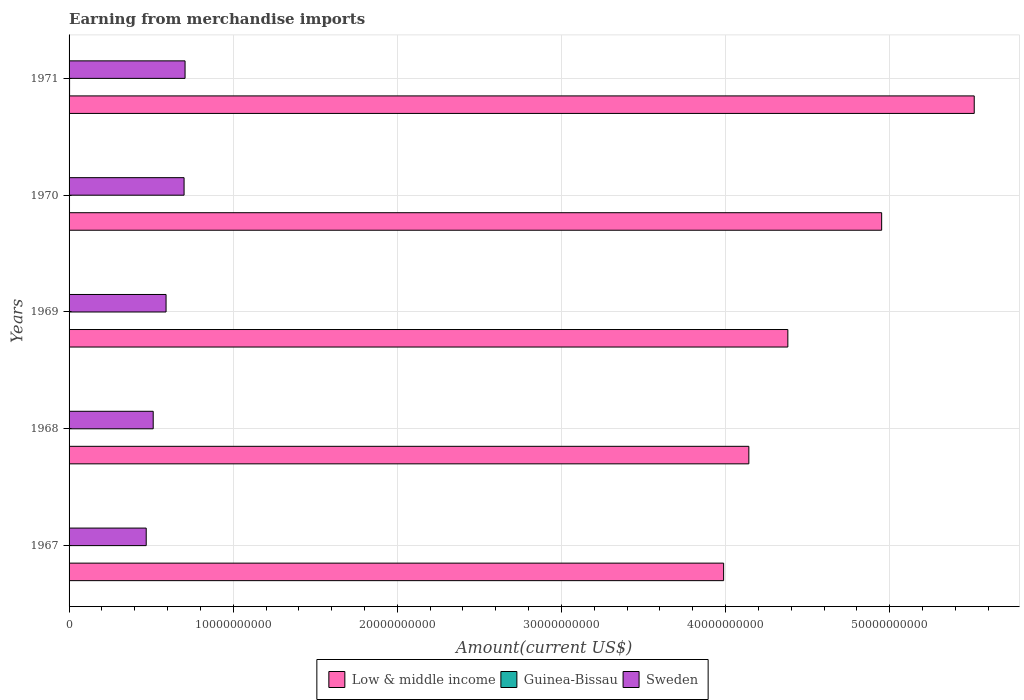
| Years | Low & middle income | Guinea-Bissau | Sweden |
 | --- | --- | --- | --- |
 | 1967 | 3.99e+10 | 1.64e+07 | 4.7e+09 |
 | 1968 | 4.14e+10 | 1.76e+07 | 5.13e+09 |
 | 1969 | 4.38e+10 | 2.34e+07 | 5.91e+09 |
 | 1970 | 4.95e+10 | 2.73e+07 | 7.01e+09 |
 | 1971 | 5.52e+10 | 3.11e+07 | 7.07e+09 |